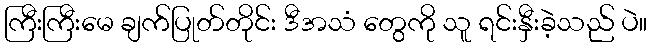
ကြီးကြီးမေ ချက်ပြုတ်တိုင်း ဒီအသံ တွေကို သူ ရင်းနှီးခဲ့သည် ပဲ။